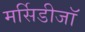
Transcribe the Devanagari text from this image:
मर्सिडीजॉ